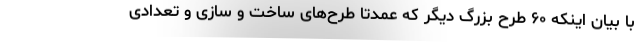
با بیان اینکه ۶۰ طرح بزرگ دیگر که عمدتا طرح‌های ساخت و سازی و تعدادی